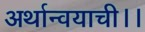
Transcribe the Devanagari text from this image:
अर्थान्वयाची।।